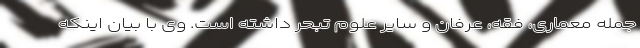
جمله معماری، فقه، عرفان و سایر علوم تبحر داشته است. وی با بیان اینکه